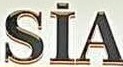
SIA